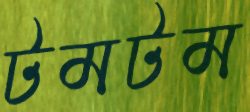
টমটম